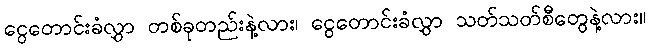
ငွေတောင်းခံလွှာ တစ်ခုတည်းနဲ့လား၊ ငွေတောင်းခံလွှာ သတ်သတ်စီတွေနဲ့လား။